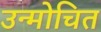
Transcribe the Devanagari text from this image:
उन्मोचित